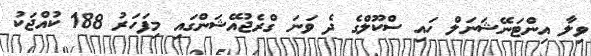
ވިލާ އިންޓަނޭޝަނަލް ހައި ސްކޫލްގެ ދެ ވަނަ ގްރެޖުއޭޝަންގައި މިފަހަރު 188 ކުއްޖަކު